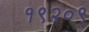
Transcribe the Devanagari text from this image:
१९२०९